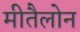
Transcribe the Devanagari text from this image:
मीतैलोन